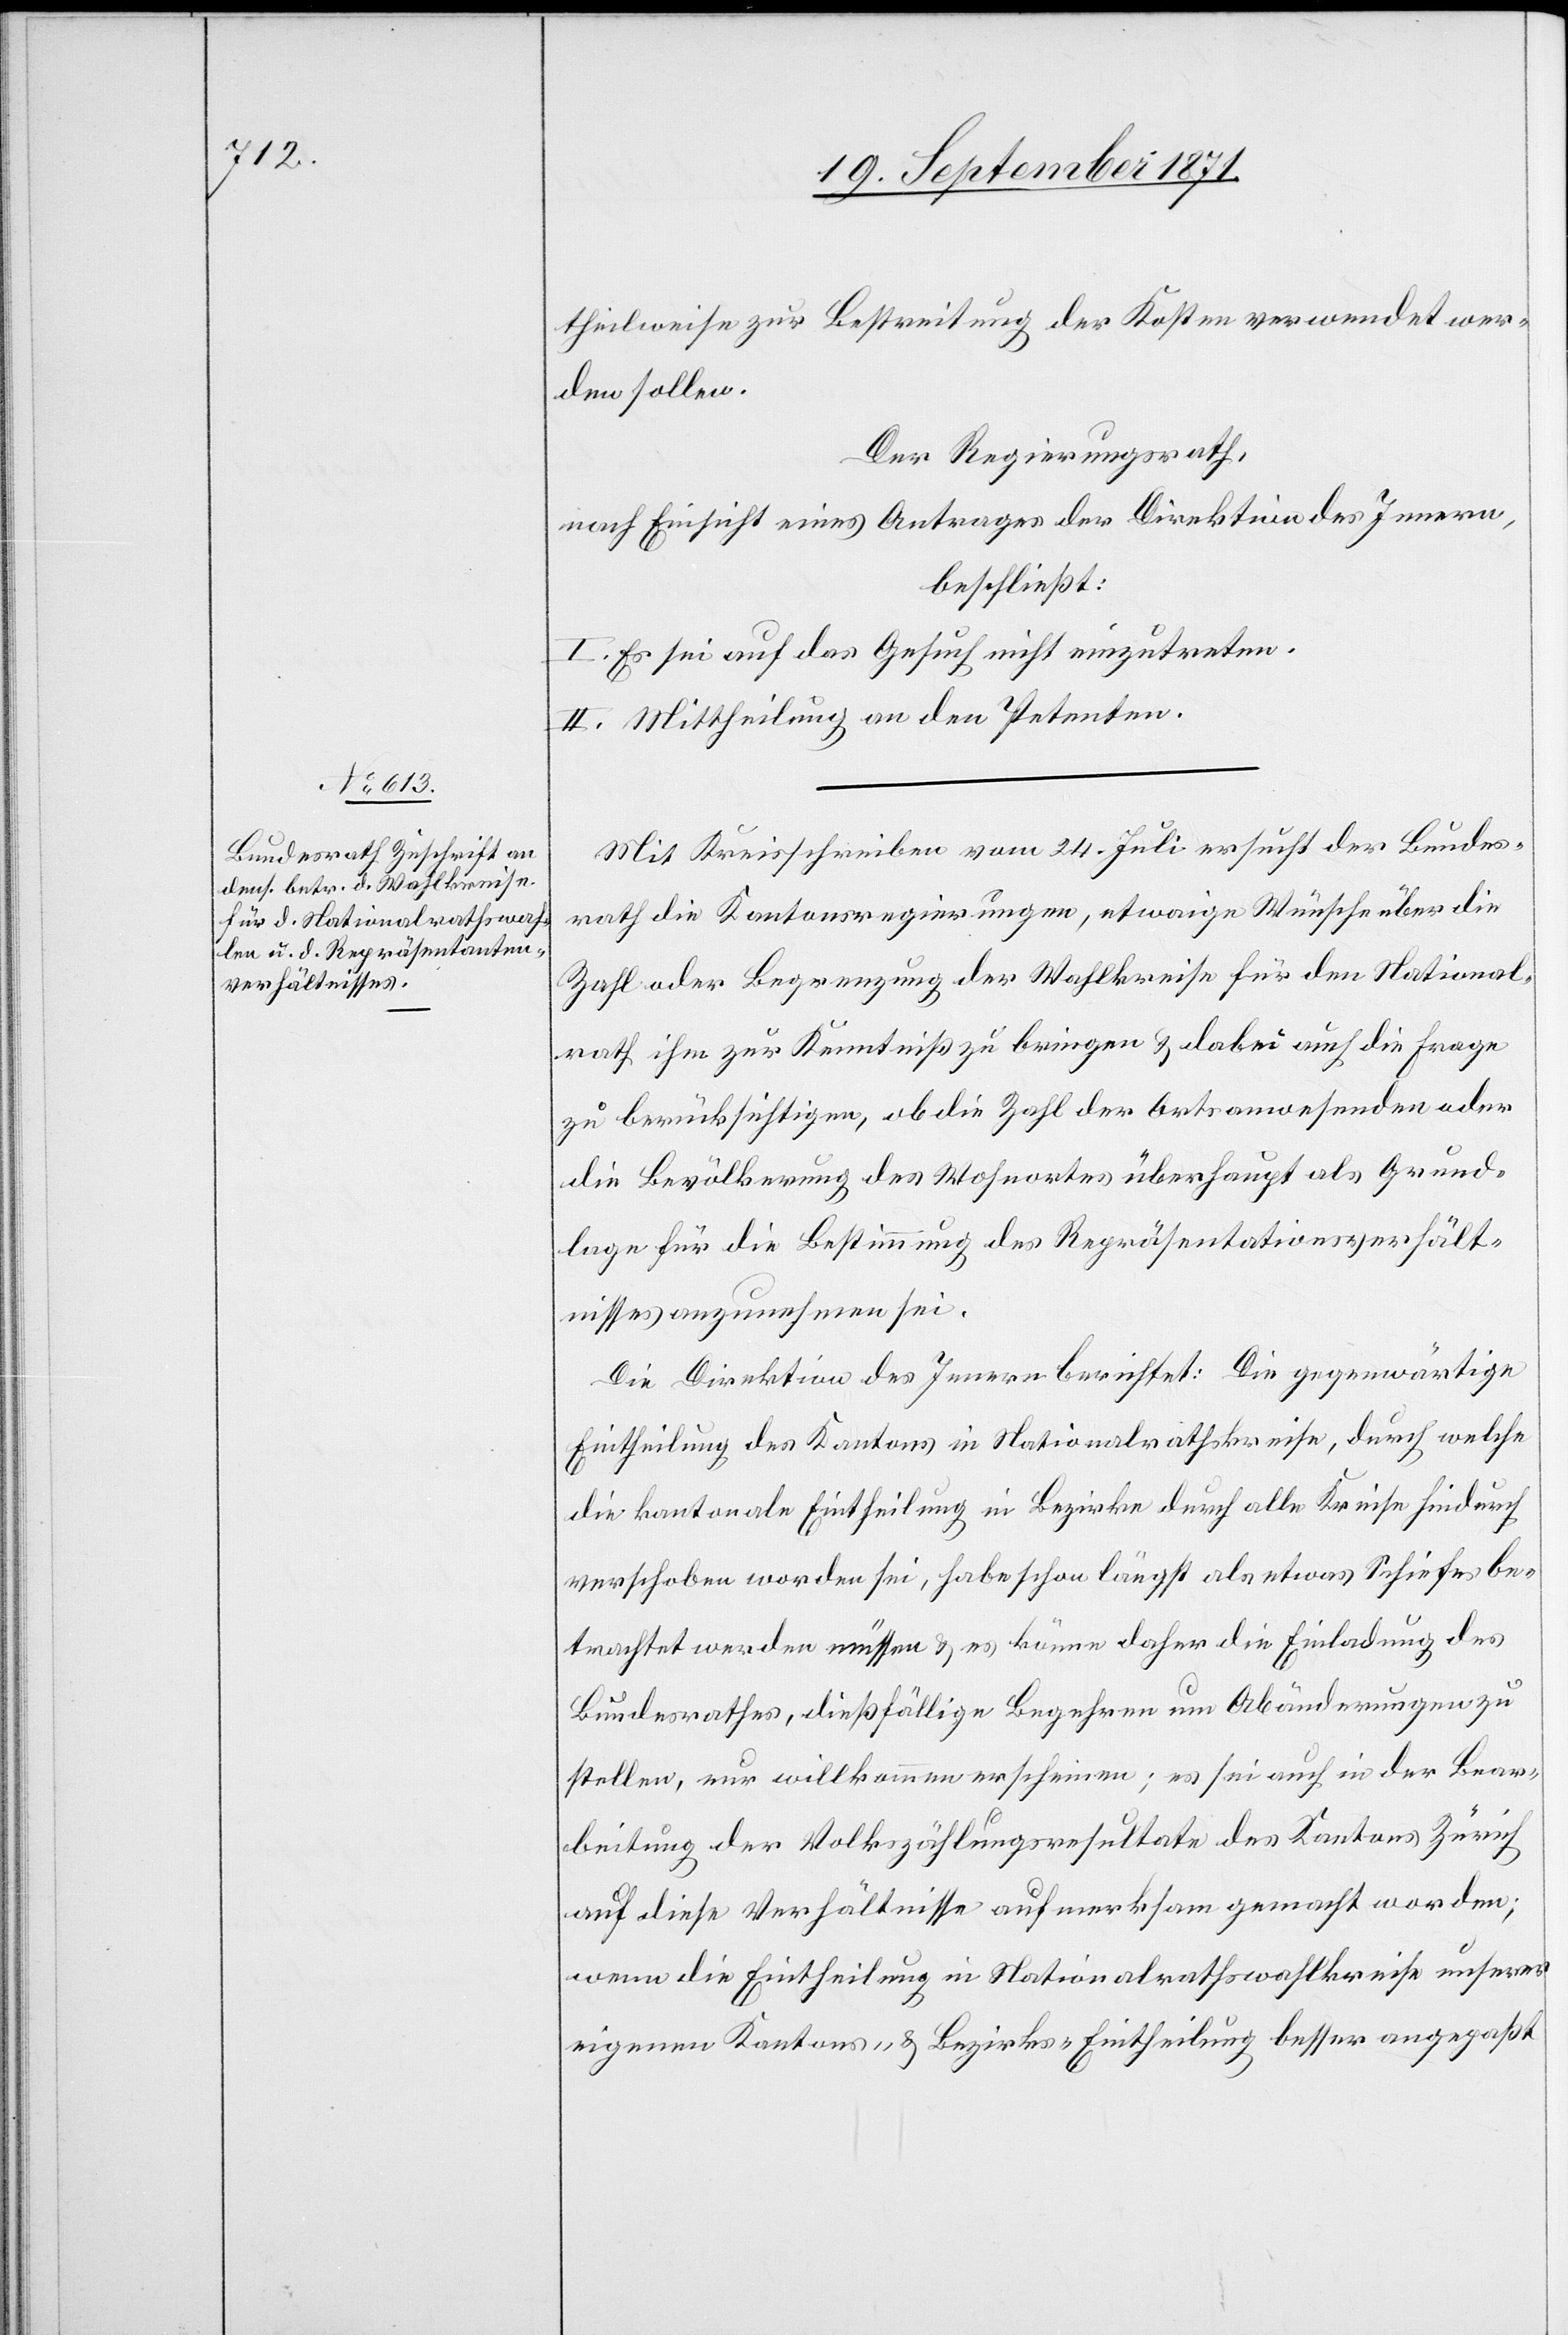
theilweise zur Bestreitung der Kosten verwendet wer¬
den sollen.
Der Regierungsrath,
nach Einsicht eines Antrages der Direktion des Innern,
beschließt:
I. Es sei auf das Gesuch nicht einzutreten.
II. Mittheilung an den Petenten.
Mit Kreisschreiben vom 24. Juli ersucht der Bundes¬
rath die Kantonsregierungen, etwaige Wünsche über die
Zahl oder Begrenzung der Wahlkreise für den National¬
rath ihm zur Kenntniß zu bringen & dabei auch die Frage
zu berücksichtigen, ob die Zahl der Ortsanwesenden oder
die Bevölkerung des Wohnortes überhaupt als Grund¬
lage für die Bestimmung der Repräsentationsverhält¬
nisse anzunehmen sei.
Die Direktion des Innern berichtet: Die gegenwärtige
Eintheilung des Kantons in Nationalrathskreise, durch welche
die kantonale Eintheilung in Bezirke durch alle Kreise hindurch
verschoben worden sei, habe schon längst als etwas Schiefes be¬
trachtet werden müssen & es könne daher die Einladung des
Bundesrathes, dießfällige Begehren um Abänderungen zu
stellen, nur willkommen erscheinen; es sei auch in der Bear¬
beitung der Volkszählungsresultate des Kantons Zürich
auf diese Verhältnisse aufmerksam gemacht worden;
wenn die Eintheilung in Nationalrathswahlkreise unserer
eigenen Kantons- & Bezirks-Eintheilung besser angepasst